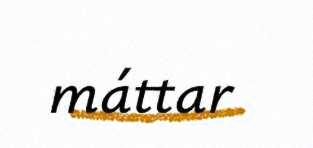
máttar